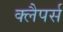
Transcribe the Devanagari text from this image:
क्लैपर्स